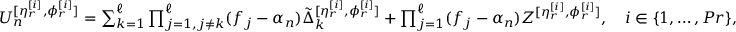
\begin{array} { r } { U _ { n } ^ { [ \eta _ { r } ^ { [ i ] } , \phi _ { r } ^ { [ i ] } ] } = \sum _ { k = 1 } ^ { \ell } \prod _ { j = 1 , j \neq k } ^ { \ell } ( f _ { j } - \alpha _ { n } ) \Tilde { \Delta } _ { k } ^ { [ \eta _ { r } ^ { [ i ] } , \phi _ { r } ^ { [ i ] } ] } + \prod _ { j = 1 } ^ { \ell } ( f _ { j } - \alpha _ { n } ) Z ^ { [ \eta _ { r } ^ { [ i ] } , \phi _ { r } ^ { [ i ] } ] } , \quad i \in \{ 1 , \dotsc , P r \} , } \end{array}